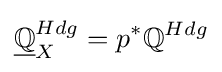
{\underline {\mathbb {Q} }}_{X}^{Hdg}=p^{*}\mathbb {Q} ^{Hdg}